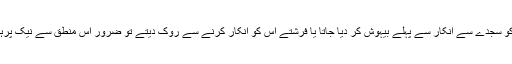
شیطان بھی آدم کو سجدے سے انکار سے پہلے بیہوش کر دیا جاتا یا فرشتے اس کو انکار کرنے سے روک دیتے تو ضرور اس منطق سے نیک پرہیزگار ثابت ہوتا۔